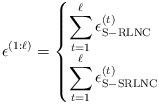
LaTeX: \begin{align*}\epsilon^{(1:\ell)} = \begin{cases}\displaystyle\sum_{t=1}^{\ell} \epsilon_{\mathrm{S-RLNC}}^{(t)} &\\\displaystyle\sum_{t=1}^{\ell} \epsilon_{\mathrm{S-SRLNC}}^{(t)} & \end{cases}\end{align*}